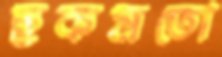
ছকমতো